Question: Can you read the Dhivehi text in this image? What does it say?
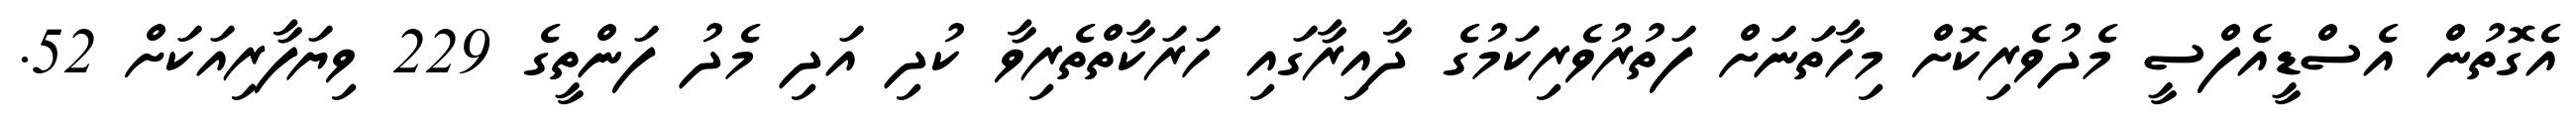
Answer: އެގޮތުން އެސްޑީއެފްސީ މެދުވެރިކޮށް މިހާތަނަށް ފަތުރުވެރިކަމުގެ ދާއިރާގައި ހަރަކާތްތެރިވާ ކުދި އަދި މެދު ފަންތީގެ 229 ވިޔަފާރިއަކަށް 52.